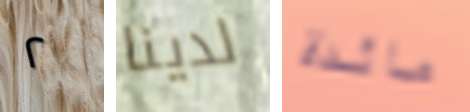
٢ لدينا مائدة